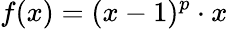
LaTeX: f(x)=(x-1)^{p}\cdot x